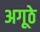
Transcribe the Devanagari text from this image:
अगूठे